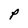
Character: P